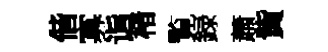
偕寡诣楮覧録蕭貲